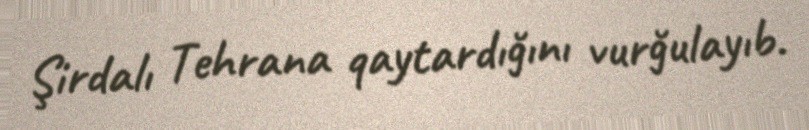
Şirdalı Tehrana qaytardığını vurğulayıb.